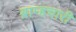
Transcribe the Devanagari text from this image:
ब्राम्हचारी